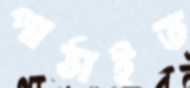
পাঠাইত